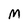
Character: M